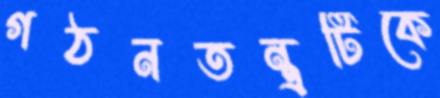
গঠনতন্ত্রটিকে